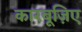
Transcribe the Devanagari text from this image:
कारबूज़िए